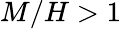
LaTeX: M/H>1